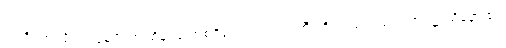
ဣတိ၊ ဤသို့။ ဣမေပိ၊ ဤထိန်ပင် အစရှိသော သစ်ပင်ကြီးတို့ သည်လည်း။ ကပ္ပဋ္ဌာယိနော ဧဝ